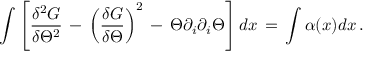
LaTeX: \int \left[ { \frac { \delta ^ { 2 } G } { \delta \Theta ^ { 2 } } } \, - \, \left( { \frac { \delta G } { \delta \Theta } } \right) ^ { 2 } \, - \, \Theta \partial _ { i } \partial _ { i } \Theta \right] d x \, = \, \int \alpha ( x ) d x \, .